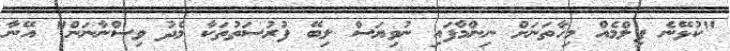
"ކުޅޭނެ ފިލްމެއް މިހާތަނަށް ނިންމާފައި ނުވިޔަސް ލިބޭ ފުރުސަތުތަކާ މެދު ވިސްނާނަން" އޭނާ